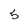
Character: 5